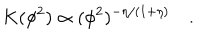
K ( \phi ^ { 2 } ) \propto ( \phi ^ { 2 } ) ^ { - \eta / ( 1 + \eta ) } \quad .